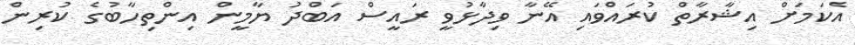
އެކަމަށް އިޝާރާތް ކުރައްވައި އޭނާ ވިދާޅުވީ ރައީސް އަބްދު ޔާމީން އިންތިހާބުގެ ކުރިން